Black-water fever - Number 35
Disease focus: Fever
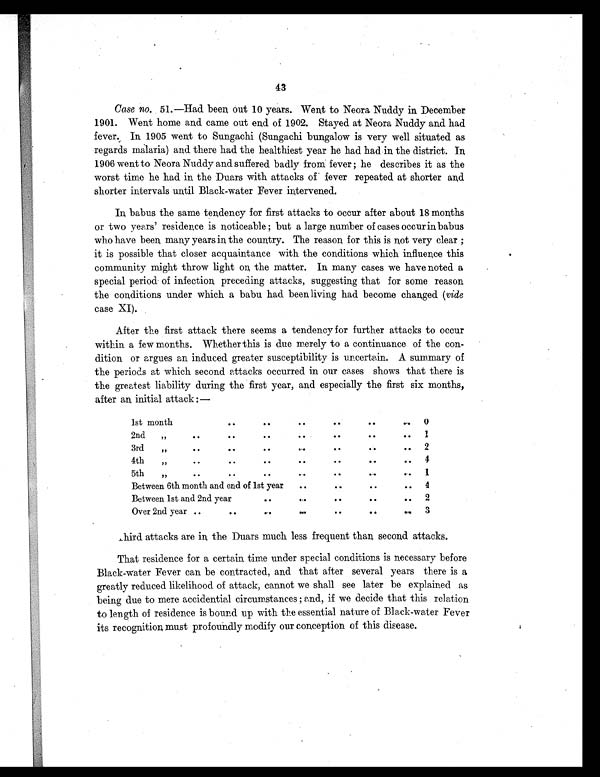
43
Case no. 51.—Had been out 10 years. Went to Neora Nuddy in December
1901. Went home and. came out end of 1902. Stayed at Neora Nuddy and had
fever. 1905 went to Sungachi (Sungachi bungalow is very well situated as
regards malaria) and there had the healthiest year he had had in the district. In
1906 went to Neora Nuddy and suffered badly from fever; he describes it as the
worst time he had in the Duars with attacks of fever repeated at shorter and
shorter intervals until Black-water Fever intervened.
In babus the same tendency for first attacks to occur after about 18 months
or two years' residence is noticeable; but a large number of cases occur in babus
who have been many years in the country. The reason for this is not very clear;
it is possible that closer acquaintance with the conditions which influence this
community might throw light on the matter. In many cases we have noted a
special period of infection preceding attacks, suggesting that for some reason
the conditions under which a babu had been living had become changed (vide
case XI).
After the first attack there seems a tendency for further attacks to occur
within a few months. Whether this is due merely to a continuance of the con-
dition or argues an induced greater susceptibility is uncertain. A summary of
the periods at which second attacks occurred in our cases shows that there is
the greatest liability during the first year, and especially the first six months,
after an initial attack:—
1st month
..
..
.. .. .. ..
0
2nd ,,
.. .. ..
. .
. .
. .
1
3rd ,,
.. .. .. .. .. ..
..
2
4th ,,
.. .. .. .. .. ..
..
4
5th ,,
.. .. ..
. .
..
..
..
1
Between 6th month and end of 1st year
.. .. .. ..
4
Between 1st and 2nd year
.. .. ..
. .
. .
2
Over 2nd year ..
.. .. .. .. .. ..
3
Third attacks are in the Duars much less frequent than second attacks.
That residence for a certain time under special conditions is necessary before
Black-water Fever can be contracted, and that after several years there is a
greatly reduced likelihood of attack, cannot we shall see later be explained as
being due to mere accidential circumstances; and, if we decide that this relation
to length of residence is bound up with the essential nature of Black-water Fever
its recognition must profoundly modify our conception of this disease.